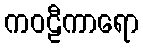
ကဝဠီကာရော